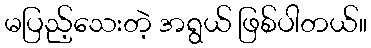
မပြည့်သေးတဲ့ အရွယ် ဖြစ်ပါတယ်။